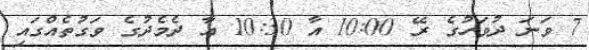
7 ވަނަ ދުވަހުގެ ރޭ 10:00 އާ 10:30 އާ ދެމެދުގެ ވަގުތެއްގައި